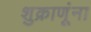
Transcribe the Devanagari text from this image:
शुक्राणूंना